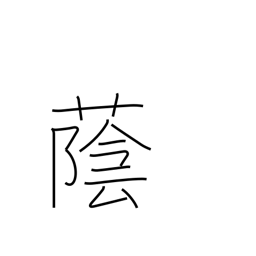
Meaning: shade